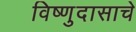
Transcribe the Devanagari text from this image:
विष्णुदासाचे